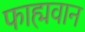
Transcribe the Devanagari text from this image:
फाह्मवान